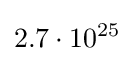
2.7\cdot 10^{25}